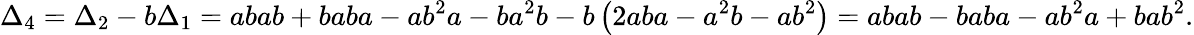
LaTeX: \Delta_{4}=\Delta_{2}-b\Delta_{1}=abab+baba-ab^{2}a-ba^{2}b-b\left(2aba-a^{2}b-ab^{2}\right)=abab-baba-ab^{2}a+bab^{2}.